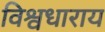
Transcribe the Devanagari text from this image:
विश्वधाराय